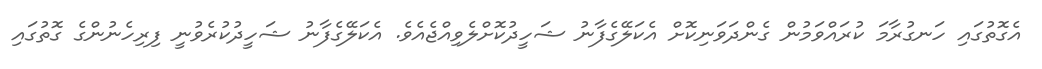
އެގޮތުގައި ހަނގުރާމަ ކުރައްވަމުން ގެންދަވަނިކޮށް އެކަލޭގެފާނު ޝަހީދުކޮށްލެވިއްޖެއެވެ. އެކަލޭގެފާނު ޝަހީދުކުރެވުނީ ފިރިހެނުންގެ ގޮތުގައި